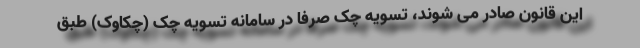
این قانون صادر می شوند، تسویه چک صرفا در سامانه تسویه چک (چکاوک) طبق